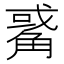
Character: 𧤅